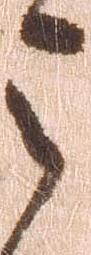
令